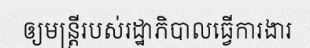
ឲ្យមន្ត្រីរបស់រដ្ឋាភិបាលធ្វើការងារ